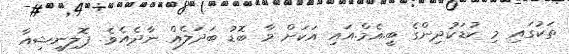
ތަކުގައި މި ކުޑަކުދިންގެ ބީ.އެމް.އައި އަކަށް މާ ބޮޑު ބަދަލެއް ނާދެއެވެ. ޕޮލިނީޝިއާ